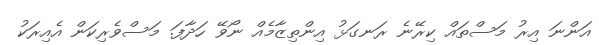
އަންނަ އިރު މަސްތައް ކިރޭނެ ރަނގަޅު އިންތިޒާމެއް ނޯވޭ ހަދާފަ. މަސްވެރިކަން އެއިރަކު